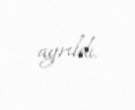
ayrıldı.